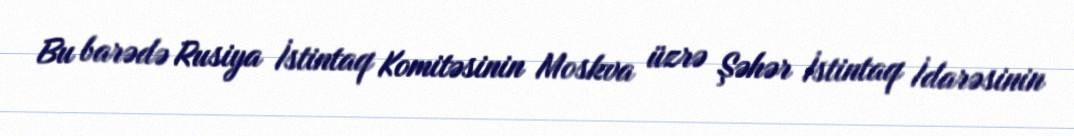
Bu barədə Rusiya İstintaq Komitəsinin Moskva üzrə Şəhər İstintaq İdarəsinin